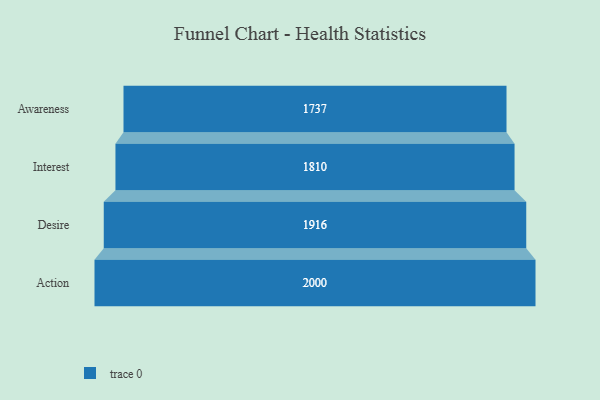
{"axis": {"x": "Stage", "y": "Value"}, "legend": [""], "data": [{"x": "Awareness", "y": 1737.0, "type": ""}, {"x": "Interest", "y": 1810.0, "type": ""}, {"x": "Desire", "y": 1916.0, "type": ""}, {"x": "Action", "y": 2000, "type": ""}]}